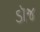
ડૉજ